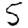
Digit: 5